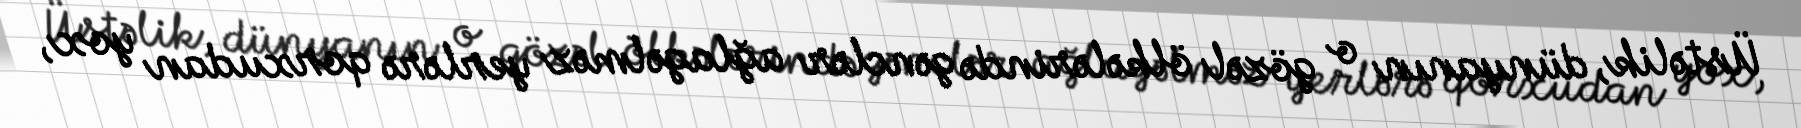
Üstəlik, dünyanın o gözəl ölkələrində gənclər ağlagəlməz yerlərə qorxudan yox,